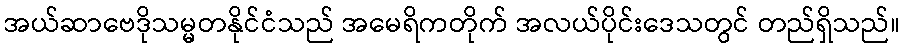
အယ်ဆာဗေဒိုသမ္မတနိုင်ငံသည် အမေရိကတိုက် အလယ်ပိုင်းဒေသတွင် တည်ရှိသည်။